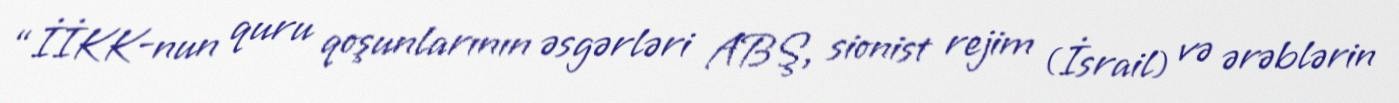
“İİKK-nun quru qoşunlarının əsgərləri ABŞ, sionist rejim (İsrail) və ərəblərin